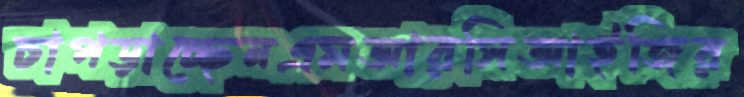
চাপড়াচ্ছেনএমআরসিআইজির